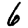
Digit: 6